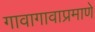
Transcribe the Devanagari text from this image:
गावागावाप्रमाणे